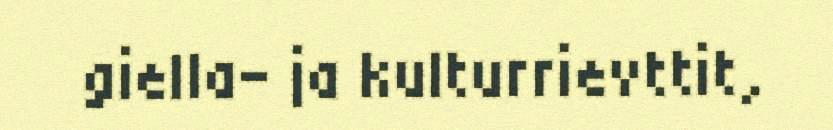
giella- ja kulturrievttit,